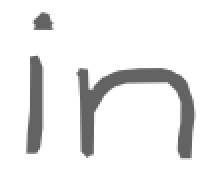
Text: in
Cross-out: clean
Writing tool: digital_gray